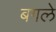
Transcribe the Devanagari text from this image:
बगले